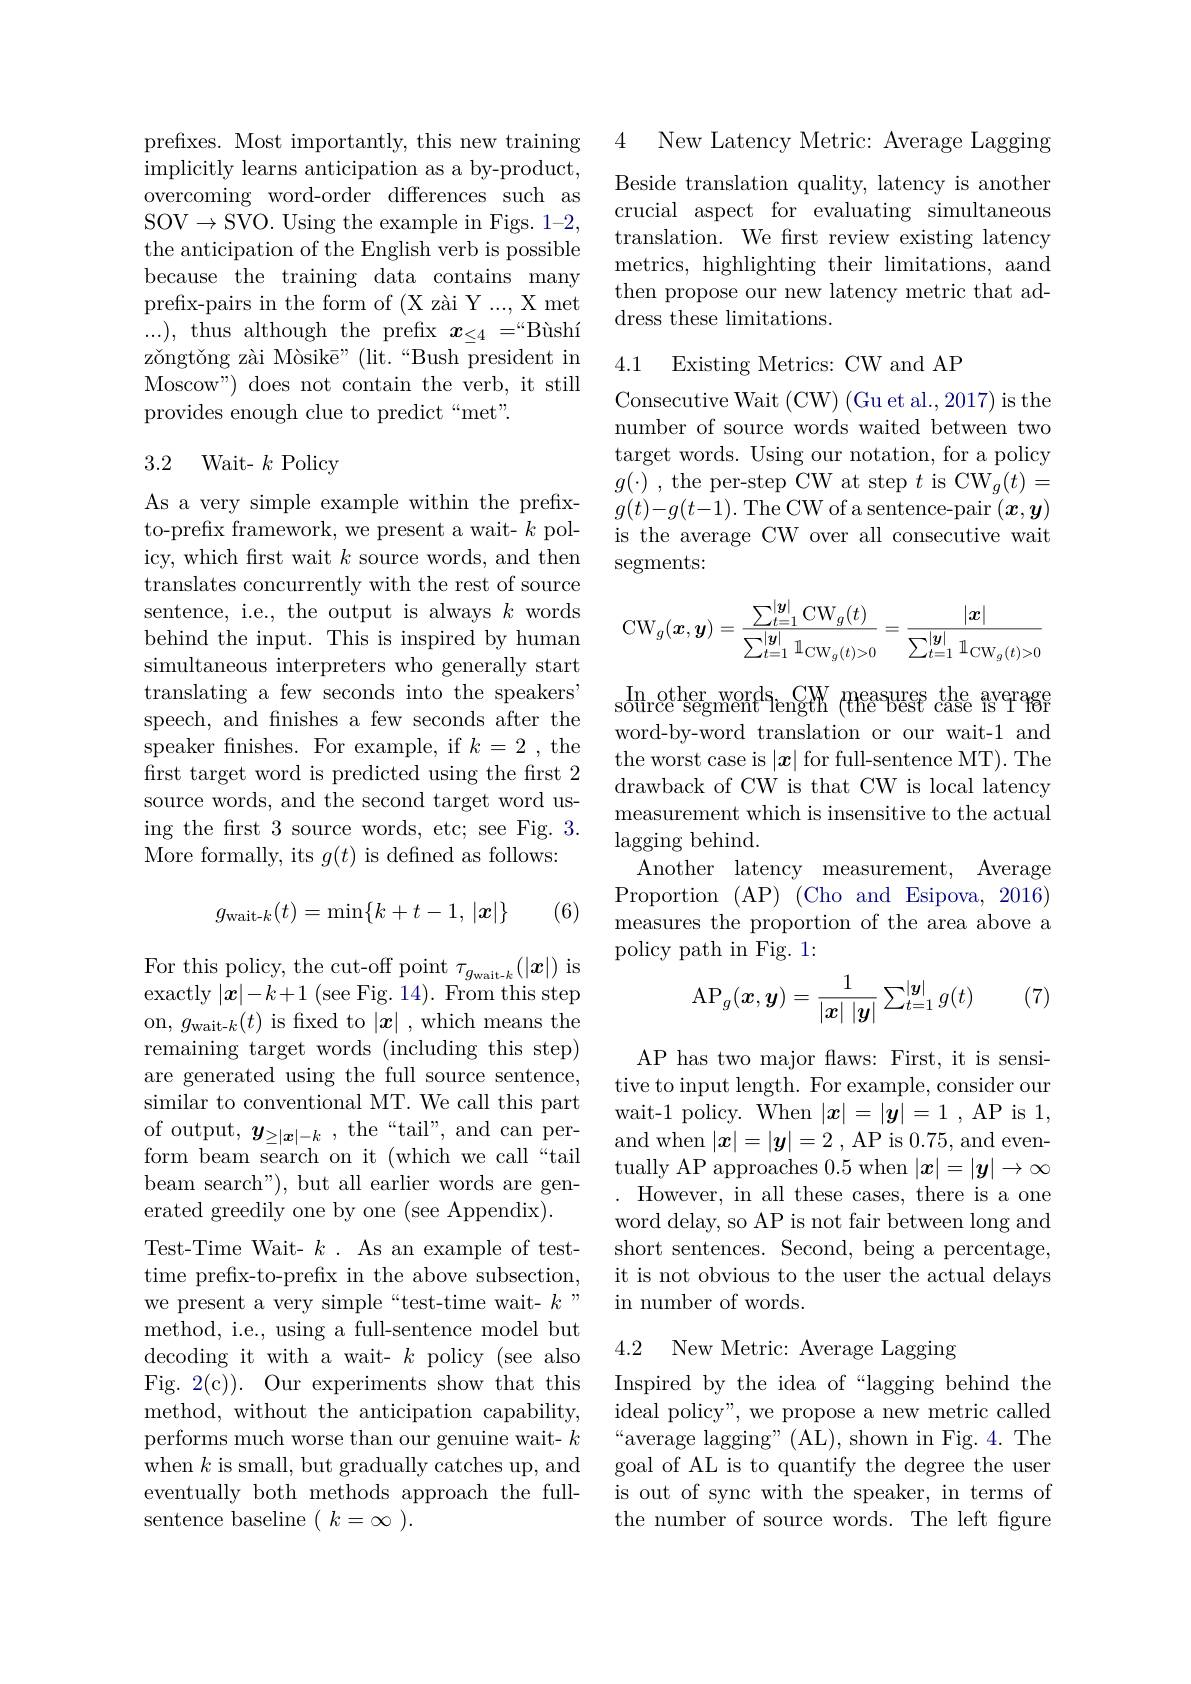
prefixes. Most importantly, this new training implicitly learns anticipation as a by-product, overcoming word-order differences such as SOV$\to$SVO. Using the example in Figs. 1-2, the anticipation of the English verb is possible because the training data contains many prefix-pairs in the form of (X zài Y ..., X met zǒngtǒng zài Mòsikē" (lit.“Bush president in Moscow") does not contain the verb, it still provides enough clue to predict“met”.

## 3.2 Wait- $k$ Policy

As a very simple example within the prefixto-prefix framework, we present a wait- $k$ policy, which frst wait $k$ source words, and then translates concurrently with the rest of source sentence, i.e., the output is always $k$ words behind the input. This is inspired by human simultaneous interpreters who generally start translating a few seconds into the speakers' speech, and finishes a few seconds after the speaker fnishes. For example, if $k=2$,the first target word is predicted using the first 2 source words, and the second target word using the first 3 source words, etc; see Fig. 3. More formally, its $g(t)$ is defined as follows:
$$g_{\text{wait-}k}(t)=\min\{k+t-1,\:|\boldsymbol{x}|\}$$
(6)

$\begin{array}{l}\mathrm{For~this~policy,~the~cut-off~point~}\tau_{g_{wait-k}}(|\boldsymbol{x}|)\mathrm{~is}\\\mathrm{exactly~}|\boldsymbol{x}|-k+1~(\mathrm{see~Fig.~}14).~\mathrm{From~this~step}\end{array}$ on, $g_{\text{wait-}k}(t)$ is fixed to $|\boldsymbol x|$ ,which means the remaining target words (including this step) are generated using the full source sentence, similar to conventional MT. We call this part of output, $y_{\geq|\boldsymbol{x}|-k}$ , the “tail”, and can perform beam search on it (which we call“tail beam search"), but all earlier words are generated greedily one by one (see Appendix).
Test-Time Wait- $k.$ As an example of testtime prefix-to-prefix in the above subsection, we present a very simple“test-time wait- $k”$ method, i.e., using a full-sentence model but decoding it with a wait- $k$ policy (see also Fig. 2(c)). Our experiments show that this method, without the anticipation capability, performs much worse than our genuine wait- $k$ when $k$ is small, but gradually catches up, and eventually both methods approach the fullsentence baseline $(k=\infty).$

4 New Latency Metric: Average Lagging

Beside translation quality, latency is another crucial aspect for evaluating simultaneous translation. We frst review existing latency metrics, highlighting their limitations, aand then propose our new latency metric that ad-
prcnx- pans in uc iolm or ( $\Lambda$ 2$\alpha$u 1 . . . , $\Lambda$ incu dress these limitations. ...), thus although the prefix $x_{\leq 4}= ` \text{B\`{u} sh\'{ı } }$dress these limitations.

### 4.1 Existing Metrics: CW and AP

Consecutive Wait (CW) (Gu et al., 2017) is the number of source words waited between two target words. Using our notation, for a policy $g(\cdot)$ , the per-step CW at step $t$ is CW$_g(t)=$ $g(t)-g(t-1).$ The CW of a sentence-pair$(\boldsymbol x,\boldsymbol y)$ is the average CW over all consecutive wait $\operatorname{segments:}$
$$\mathrm{CW}_g(\boldsymbol{x},\boldsymbol{y})=\frac{\sum_{t=1}^{|\boldsymbol{y}|}\mathrm{CW}_g(t)}{\sum_{t=1}^{|\boldsymbol{y}|}\mathbb{1}_{\mathrm{CW}_g(t)>0}}=\frac{|\boldsymbol{x}|}{\sum_{t=1}^{|\boldsymbol{y}|}\mathbb{1}_{\mathrm{CW}_g(t)>0}}$$
$\operatorname*{In}_{\mathrm{source~segment}}^{\mathrm{other~words}}\underset{\mathrm{ength}}{\operatorname*{CW}}\overset{\mathrm{CW}}{\operatorname*{\operatorname*{\text{fhe}}}}\overset{\mathrm{measures}}{\operatorname*{\operatorname*{case}}}\overset{\mathrm{the}}{\operatorname*{\operatorname*{s}}}\overset{\mathrm{average}}{\operatorname*{\operatorname*{Pr}}}$ word-by-word translation or our wait-1 and the worst case is $|x|$ for full-sentence MT). The drawback of CW is that CW is local latency measurement which is insensitive to the actual $\operatorname{lagging}$behind.
Another latency measurement, Average Proportion (AP) (Cho and Esipova, 2016) measures the proportion of the area above a policy path in Fig. 1:

(7)
$$\mathrm{AP}_g(\boldsymbol{x},\boldsymbol{y})=\frac{1}{|\boldsymbol{x}|\:|\boldsymbol{y}|}\sum_{t=1}^{|\boldsymbol{y}|}g(t)$$
AP has two major flaws: First, it is sensitive to input length. For example, consider our wait-1 policy. When $|x|=|y|=1$ , AP is 1, and when $|\boldsymbol x|=|\boldsymbol y|=2$ , AP is 0.75,and eventually AP approaches 0.5 when $|x|=|y|\to\infty$ However, in all these cases, there is a one word delay, so AP is not fair between long and short sentences. Second, being a percentage, it is not obvious to the user the actual delays in number of words.

4.2 New Metric: Average Lagging

Inspired by the idea of“lagging behind the ideal policy", we propose a new metric called “average lagging" (AL), shown in Fig. 4. The goal of AL is to quantify the degree the user is out of sync with the speaker, in terms of the number of source words. The left figure